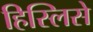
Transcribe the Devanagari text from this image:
हिस्लिसे